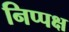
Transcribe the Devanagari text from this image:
निप्पक्ष